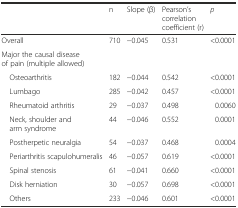
<table><thead><tr><td></td><td><b>n</b></td><td><b>Slope (β)</b></td><td><b>Pearson’s correlation coefficient (r)</b></td><td><b><i>p</i></b></td></tr></thead><tbody><tr><td>Overall</td><td>710</td><td>−0.045</td><td>0.531</td><td>&lt;0.0001</td></tr><tr><td>Major the causal disease of pain (multiple allowed)</td><td></td><td></td><td></td><td></td></tr><tr><td> Osteoarthritis</td><td>182</td><td>−0.044</td><td>0.542</td><td>&lt;0.0001</td></tr><tr><td> Lumbago</td><td>285</td><td>−0.042</td><td>0.457</td><td>&lt;0.0001</td></tr><tr><td> Rheumatoid arthritis</td><td>29</td><td>−0.037</td><td>0.498</td><td>0.0060</td></tr><tr><td> Neck, shoulder and arm syndrome</td><td>44</td><td>−0.046</td><td>0.552</td><td>0.0001</td></tr><tr><td> Postherpetic neuralgia</td><td>54</td><td>−0.037</td><td>0.468</td><td>0.0004</td></tr><tr><td> Periarthritis scapulohumeralis</td><td>46</td><td>−0.057</td><td>0.619</td><td>&lt;0.0001</td></tr><tr><td> Spinal stenosis</td><td>61</td><td>−0.041</td><td>0.660</td><td>&lt;0.0001</td></tr><tr><td> Disk herniation</td><td>30</td><td>−0.057</td><td>0.698</td><td>&lt;0.0001</td></tr><tr><td> Others</td><td>233</td><td>−0.046</td><td>0.601</td><td>&lt;0.0001</td></tr></tbody></table>